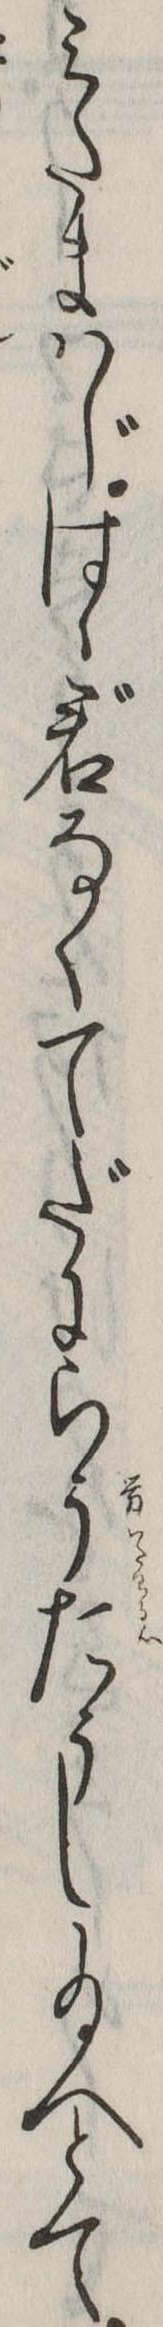
みたまはじはゝ君なくてだにらうたうし給へとて